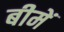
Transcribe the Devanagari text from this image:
बीमें